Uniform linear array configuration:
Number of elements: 8
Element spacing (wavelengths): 1
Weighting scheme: uniform
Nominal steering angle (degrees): -30
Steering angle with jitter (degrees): -29.861
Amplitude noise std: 0.05
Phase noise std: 0.05

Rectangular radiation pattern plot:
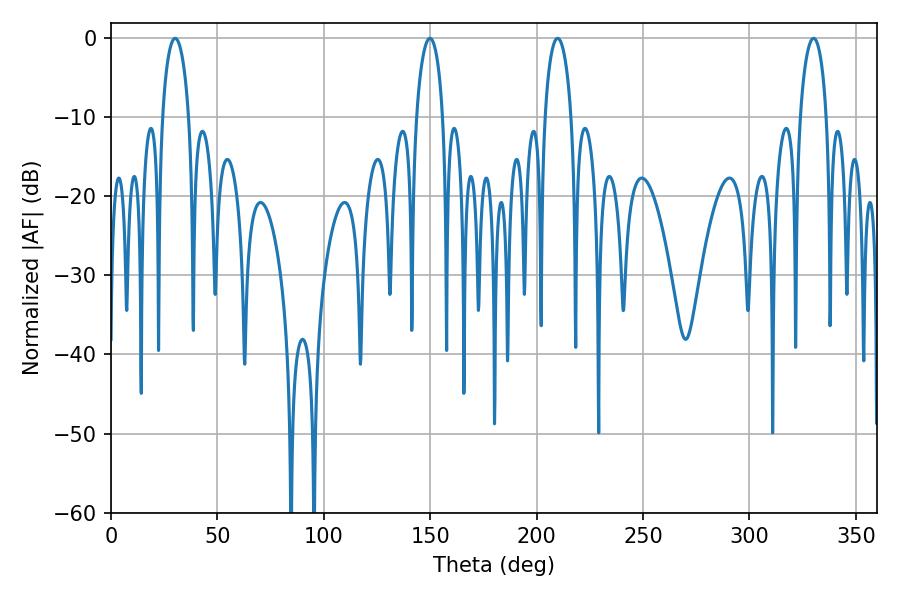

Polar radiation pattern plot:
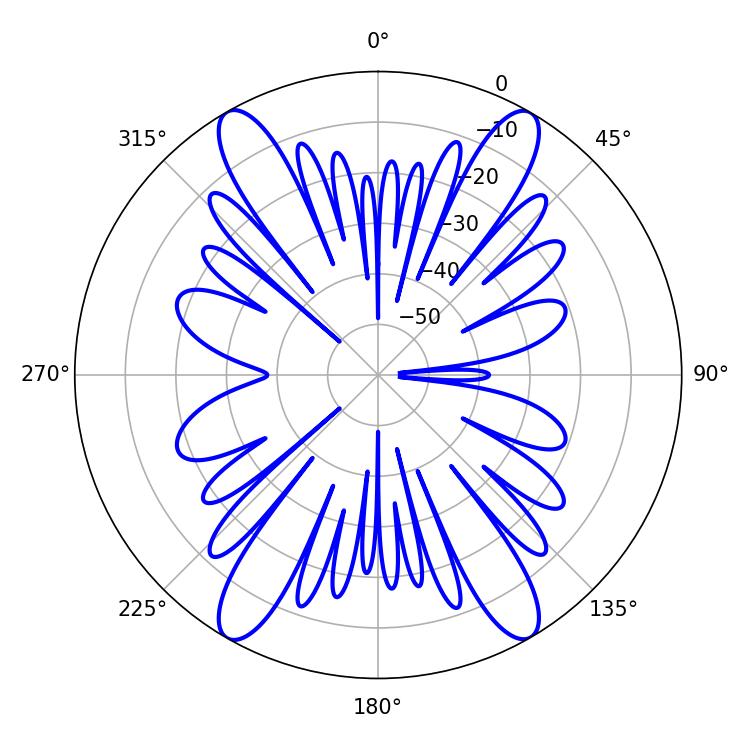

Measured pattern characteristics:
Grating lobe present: TRUE
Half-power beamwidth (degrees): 7.02
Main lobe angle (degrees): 209.88